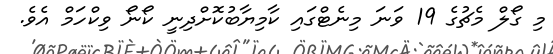
މި ގޯލް މެޗުގެ 19 ވަނަ މިނެޓްގައި ކާމިޔާބުކޮށްދިނީ ކޯނޯ ވިކްހަމް އެވެ.